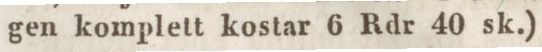
gen komplett kostar 6 Rdr 40 sk.)